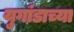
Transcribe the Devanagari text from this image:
युगांडाच्या